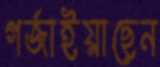
গর্‌জাইয়াছেন